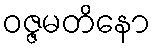
ဝဇ္ဇမတိနော